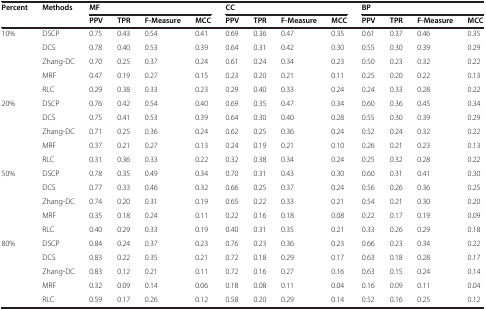
<table><thead><tr><td><b>Percent</b></td><td><b>Methods</b></td><td colspan="4"><b>MF</b></td><td colspan="4"><b>CC</b></td><td colspan="4"><b>BP</b></td></tr><tr><td><b> </b></td><td><b> </b></td><td><b>PPV</b></td><td><b>TPR</b></td><td><b>F-Measure</b></td><td><b>MCC</b></td><td><b>PPV</b></td><td><b>TPR</b></td><td><b>F-Measure</b></td><td><b>MCC</b></td><td><b>PPV</b></td><td><b>TPR</b></td><td><b>F-Measure</b></td><td><b>MCC</b></td></tr></thead><tbody><tr><td rowspan="5">10%</td><td>DSCP</td><td>0.75</td><td>0.43</td><td>0.54</td><td>0.41</td><td>0.69</td><td>0.36</td><td>0.47</td><td>0.35</td><td>0.61</td><td>0.37</td><td>0.46</td><td>0.35</td></tr><tr><td>DCS</td><td>0.78</td><td>0.40</td><td>0.53</td><td>0.39</td><td>0.64</td><td>0.31</td><td>0.42</td><td>0.30</td><td>0.55</td><td>0.30</td><td>0.39</td><td>0.29</td></tr><tr><td>Zhang-DC</td><td>0.70</td><td>0.25</td><td>0.37</td><td>0.24</td><td>0.61</td><td>0.24</td><td>0.34</td><td>0.23</td><td>0.50</td><td>0.23</td><td>0.32</td><td>0.22</td></tr><tr><td>MRF</td><td>0.47</td><td>0.19</td><td>0.27</td><td>0.15</td><td>0.23</td><td>0.20</td><td>0.21</td><td>0.11</td><td>0.25</td><td>0.20</td><td>0.22</td><td>0.13</td></tr><tr><td>RLC</td><td>0.29</td><td>0.38</td><td>0.33</td><td>0.23</td><td>0.29</td><td>0.40</td><td>0.33</td><td>0.24</td><td>0.24</td><td>0.33</td><td>0.28</td><td>0.22</td></tr><tr><td rowspan="5">20%</td><td>DSCP</td><td>0.76</td><td>0.42</td><td>0.54</td><td>0.40</td><td>0.69</td><td>0.35</td><td>0.47</td><td>0.34</td><td>0.60</td><td>0.36</td><td>0.45</td><td>0.34</td></tr><tr><td>DCS</td><td>0.75</td><td>0.41</td><td>0.53</td><td>0.39</td><td>0.64</td><td>0.30</td><td>0.40</td><td>0.28</td><td>0.55</td><td>0.30</td><td>0.39</td><td>0.29</td></tr><tr><td>Zhang-DC</td><td>0.71</td><td>0.25</td><td>0.36</td><td>0.24</td><td>0.62</td><td>0.25</td><td>0.36</td><td>0.24</td><td>0.52</td><td>0.24</td><td>0.32</td><td>0.22</td></tr><tr><td>MRF</td><td>0.37</td><td>0.21</td><td>0.27</td><td>0.13</td><td>0.24</td><td>0.19</td><td>0.21</td><td>0.10</td><td>0.26</td><td>0.21</td><td>0.23</td><td>0.13</td></tr><tr><td>RLC</td><td>0.31</td><td>0.36</td><td>0.33</td><td>0.22</td><td>0.32</td><td>0.38</td><td>0.34</td><td>0.24</td><td>0.25</td><td>0.32</td><td>0.28</td><td>0.22</td></tr><tr><td rowspan="5">50%</td><td>DSCP</td><td>0.78</td><td>0.35</td><td>0.49</td><td>0.34</td><td>0.70</td><td>0.31</td><td>0.43</td><td>0.30</td><td>0.60</td><td>0.31</td><td>0.41</td><td>0.30</td></tr><tr><td>DCS</td><td>0.77</td><td>0.33</td><td>0.46</td><td>0.32</td><td>0.66</td><td>0.25</td><td>0.37</td><td>0.24</td><td>0.56</td><td>0.26</td><td>0.36</td><td>0.25</td></tr><tr><td>Zhang-DC</td><td>0.74</td><td>0.20</td><td>0.31</td><td>0.19</td><td>0.65</td><td>0.22</td><td>0.33</td><td>0.21</td><td>0.54</td><td>0.21</td><td>0.30</td><td>0.20</td></tr><tr><td>MRF</td><td>0.35</td><td>0.18</td><td>0.24</td><td>0.11</td><td>0.22</td><td>0.16</td><td>0.18</td><td>0.08</td><td>0.22</td><td>0.17</td><td>0.19</td><td>0.09</td></tr><tr><td>RLC</td><td>0.40</td><td>0.29</td><td>0.33</td><td>0.19</td><td>0.40</td><td>0.31</td><td>0.35</td><td>0.21</td><td>0.33</td><td>0.26</td><td>0.29</td><td>0.18</td></tr><tr><td rowspan="4">80%</td><td>DSCP</td><td>0.84</td><td>0.24</td><td>0.37</td><td>0.23</td><td>0.76</td><td>0.23</td><td>0.36</td><td>0.23</td><td>0.66</td><td>0.23</td><td>0.34</td><td>0.22</td></tr><tr><td>DCS</td><td>0.83</td><td>0.22</td><td>0.35</td><td>0.21</td><td>0.72</td><td>0.18</td><td>0.29</td><td>0.17</td><td>0.63</td><td>0.18</td><td>0.28</td><td>0.17</td></tr><tr><td>Zhang-DC</td><td>0.83</td><td>0.12</td><td>0.21</td><td>0.11</td><td>0.72</td><td>0.16</td><td>0.27</td><td>0.16</td><td>0.63</td><td>0.15</td><td>0.24</td><td>0.14</td></tr><tr><td>MRF</td><td>0.32</td><td>0.09</td><td>0.14</td><td>0.06</td><td>0.18</td><td>0.08</td><td>0.11</td><td>0.04</td><td>0.16</td><td>0.09</td><td>0.11</td><td>0.04</td></tr><tr><td> </td><td>RLC</td><td>0.59</td><td>0.17</td><td>0.26</td><td>0.12</td><td>0.58</td><td>0.20</td><td>0.29</td><td>0.14</td><td>0.52</td><td>0.16</td><td>0.25</td><td>0.12</td></tr></tbody></table>